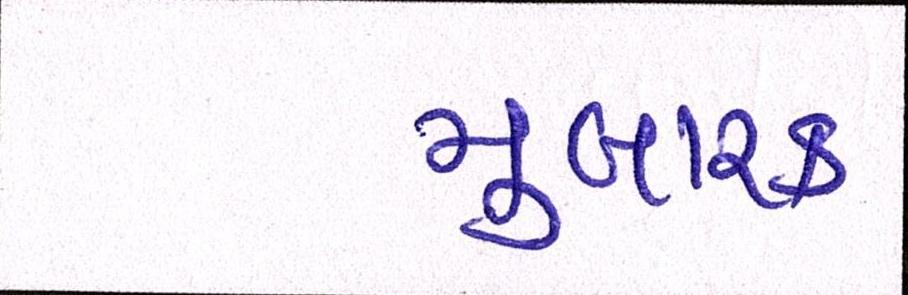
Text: મુબારક